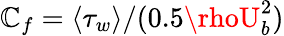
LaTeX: \mathbb{C}_{f}=\langle\tau_{w}\rangle/(0.5\rhoU_{b}^{2})